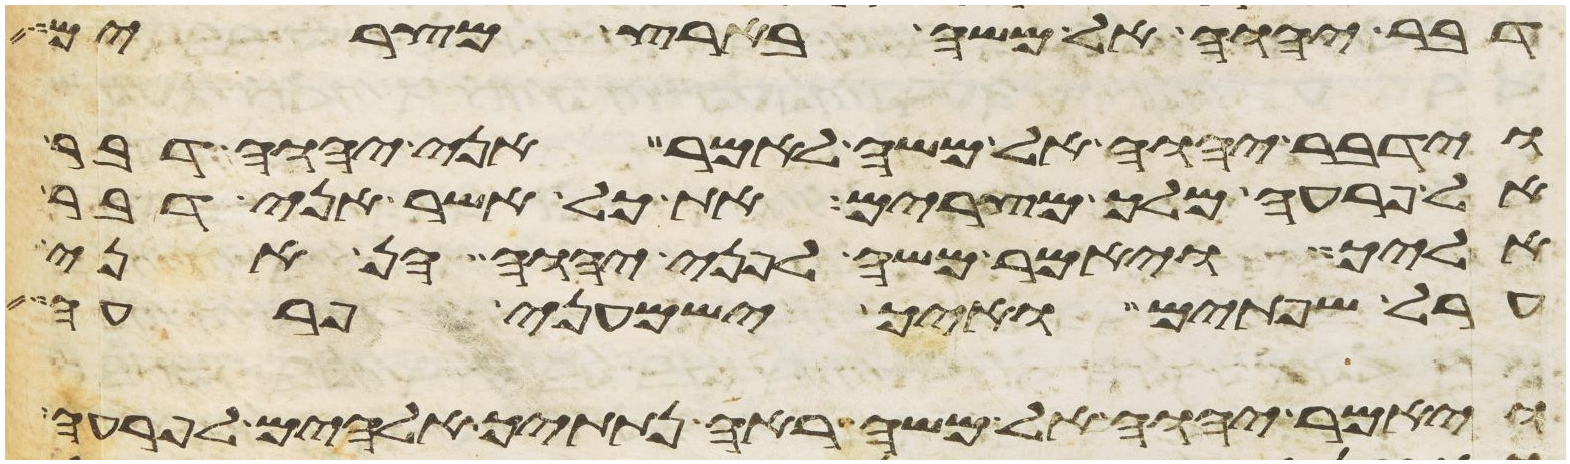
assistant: דבר יהוה אל משה בארץ מצרים
וידבר יהוה אל משה לאמר אני יהוה דבר
אל פרעה מלך מצרים את כל אשר אני דבר
אליך ויאמר משה לפני יהוה הן אני
ערל שפתים ואיך ישמעני פרעה
ויאמר יהוה אל משה ראה נתתיך אלהים לפרעה